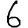
Digit: 6